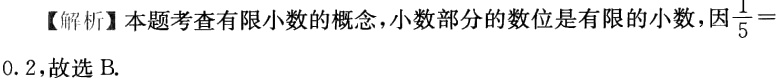
【解析】本题考查有限小数的概念，小数部分的数位是有限的小数，因$\frac{1}{5} = 0.2$，故选 B.